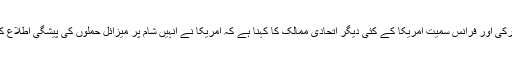
برطانیہ، ترکی اور فرانس سمیت امریکا کے کئی دیگر اتحادی ممالک کا کہنا ہے کہ امریکا نے انہیں شام پر میزائل حملوں کی پیشگی اطلاع کر دی تھی۔